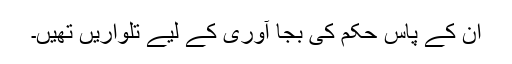
ان کے پاس حکم کی بجا آوری کے لیے تلواریں تھیں۔